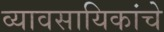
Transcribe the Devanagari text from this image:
व्यावसायिकांचे